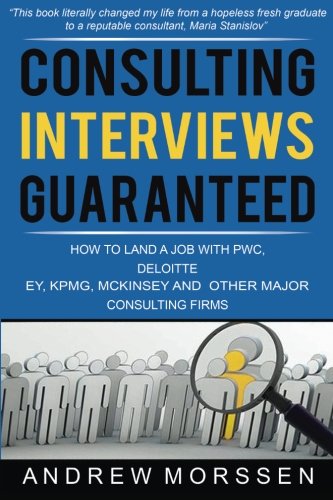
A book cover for Consulting Interviews Guaranteed!: How to land a job with PwC, Deloitte, EY, KPMG, McKinsey and any other major consulting firms; Andrew Morssen; Business & Money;